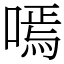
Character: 嘕